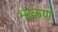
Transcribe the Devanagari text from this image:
भाकणे